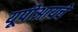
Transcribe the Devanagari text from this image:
यूपीआयचे